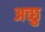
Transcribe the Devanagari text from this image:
अच्छु